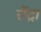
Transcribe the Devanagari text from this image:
सेंट्रा